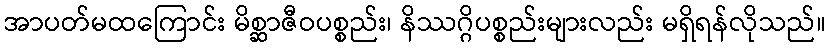
အာပတ်မထကြောင်း မိစ္ဆာဇီဝပစ္စည်း၊ နိဿဂ္ဂိပစ္စည်းများလည်း မရှိရန်လိုသည်။